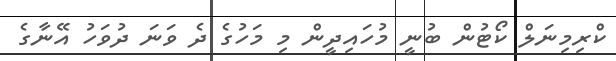
ކްރިމިނަލް ކޯޓުން ބުނީ މުހައިދީން މި މަހުގެ ދެ ވަނަ ދުވަހު އޭނާގެ